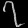
Digit: ၇